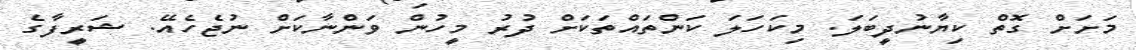
މަށަށް ގޮތް ކިޔާނުދީބަލަ. މިކަހަލަ ކަންތައްތަކަށް ދުރު މީހުން ވަންނާކަށް ނުޖެހެއޭ. ޝަރީފާގެ